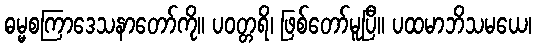
ဓမ္မစကြာဒေသနာတော်ကို။ ပဝတ္တရိ၊ ဖြစ်တော်မူပြီ။ ပထမာဘိသမယေ၊